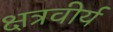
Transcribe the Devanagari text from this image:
क्षत्रवीर्य